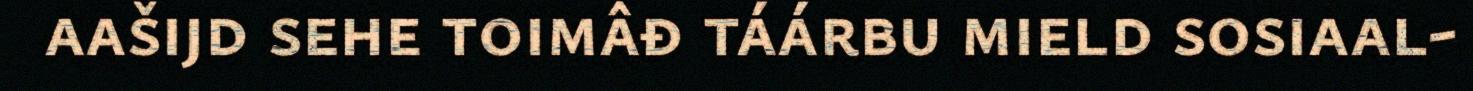
aašijd sehe toimâđ táárbu mield sosiaal-